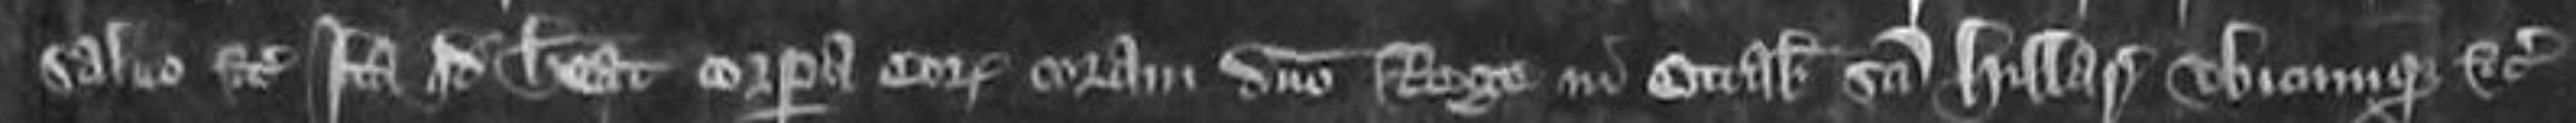
salvo etc ita quod habeat corpora eorum coram domino Rege in Octabis Sancti Hillarii ubicumque etc